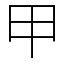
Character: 甲